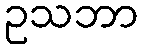
ဥသဘာ